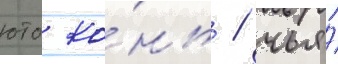
юто ко́нь / чья́